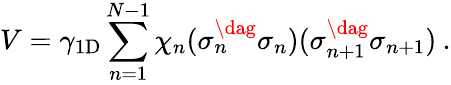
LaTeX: V=\gamma_{\mathrm{1D}}\sum_{n=1}^{N-1}\chi_{n}(\sigma_{n}^{\dag}\sigma_{n})(\sigma_{n+1}^{\dag}\sigma_{n+1})\: .